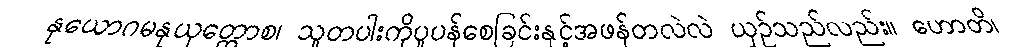
နုယောဂမနုယုတ္တောစ၊ သူတပါးကိုပူပန်စေခြင်းနှင့်အဖန်တလဲလဲ ယှဉ်သည်လည်း။ ဟောတိ၊